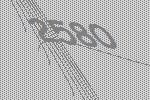
2580